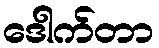
ဒေါက်တာ